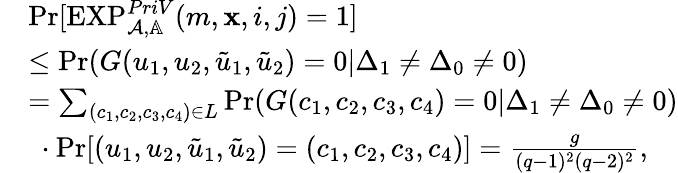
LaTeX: \begin{array}{rl}&{\textrm{Pr}[\textrm{EXP}_{\mathcal{A},\mathbb{A}}^{PriV}(m,\mathbf{x},i,j)=1]}\\ &{\leq\textrm{Pr}(G(u_{1},u_{2},\tilde{u}_{1},\tilde{u}_{2})=0|\Delta_{1}\ne\Delta_{0}\ne 0)}\\ &{=\sum_{(c_{1},c_{2},c_{3},c_{4})\in L}\textrm{Pr}(G(c_{1},c_{2},c_{3},c_{4})=0|\Delta_{1}\ne\Delta_{0}\ne 0)}\\ &{~\cdot\textrm{Pr}[(u_{1},u_{2},\tilde{u}_{1},\tilde{u}_{2})=(c_{1},c_{2},c_{3},c_{4})]=\frac{g}{(q-1)^{2}(q-2)^{2}},}\end{array}